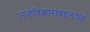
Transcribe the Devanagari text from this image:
मनोविकारांबद्दलच्या